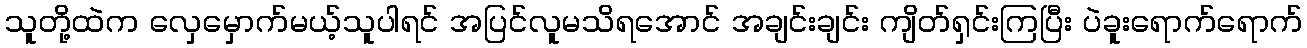
သူတို့ထဲက လှေမှောက်မယ့်သူပါရင် အပြင်လူမသိရအောင် အချင်းချင်း ကျိတ်ရှင်းကြပြီး ပဲခူးရောက်ရောက်